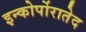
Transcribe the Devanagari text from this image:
इन्कोर्पोरातेद